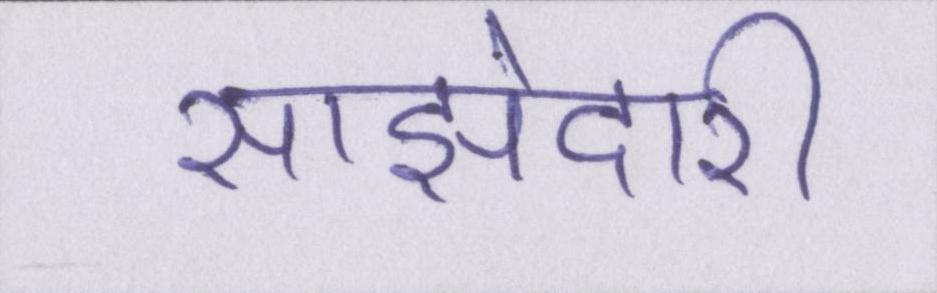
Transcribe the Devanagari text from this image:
साझेदारी